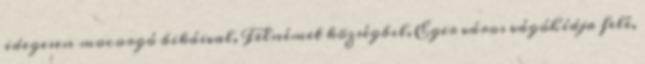
idegesen mocorgó bikáival, Felnémet községbıl, Eger város vágóhídja felé,